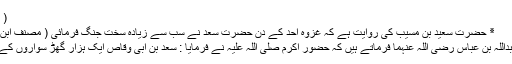
( الاستیعاب)
٭ حضرت سعید بن مسیّب کی روایت ہے کہ غزوہ احد کے دن حضرت سعد نے سب سے زیادہ سخت جنگ فرمائی ( مصنف ابن ابی شیبہ )
حضرت عبداللہ بن عباس رضی اللہ عنہما فرماتے ہیں کہ حضور اکرم صلی اللہ علیہ نے فرمایا : سعد بن ابی وقاص ایک ہزار گھڑ سواروں کے برابر ہیں۔